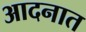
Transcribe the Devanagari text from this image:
आदनात